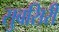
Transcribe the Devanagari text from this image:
सुबसिरी